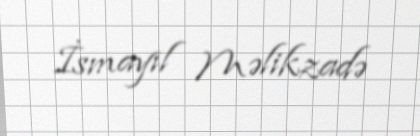
İsmayıl Məlikzadə